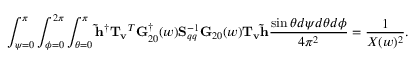
\int _ { \psi = 0 } ^ { \pi } \int _ { \phi = 0 } ^ { 2 \pi } \int _ { \theta = 0 } ^ { \pi } { \bf \tilde { h } } ^ { \dagger } { \bf T _ { v } } ^ { T } { \bf G } _ { 2 0 } ^ { \dagger } ( w ) { \bf S } _ { q q } ^ { - 1 } { \bf G } _ { 2 0 } ( w ) { \bf T _ { v } } { \bf \tilde { h } } \frac { \sin \theta d \psi d \theta d \phi } { 4 \pi ^ { 2 } } = \frac { 1 } { X ( w ) ^ { 2 } } .